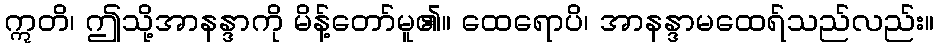
ဣတိ၊ ဤသို့အာနန္ဒာကို မိန့်တော်မူ၏။ ထေရောပိ၊ အာနန္ဒာမထေရ်သည်လည်း။